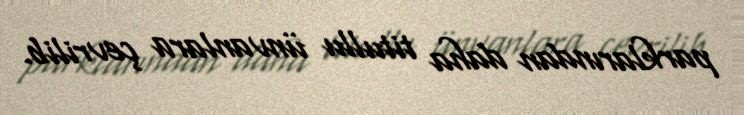
parklarından daha titullu ünvanlara çevrilib.